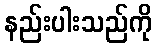
နည်းပါးသည်ကို